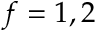
f = 1 , 2